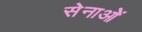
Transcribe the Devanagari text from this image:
सेनाओें